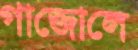
গাজোলে